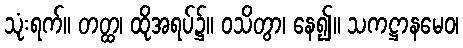
သုံးရက်။ တတ္ထ၊ ထိုအရပ်၌။ ဝသိတွာ၊ နေ၍။ သကဋ္ဌာနမေဝ၊